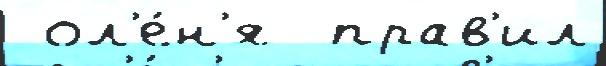
 ол'е́н'я  прав'ил